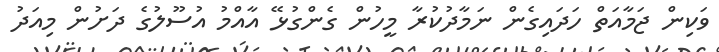
ވަކިން ޖަމާއަތް ހަދައިގެން ނަމާދުކުރާ މީހުން ގެންގުޅޭ އާއްމު އުސޫލުގެ ދަށުން މިއަދު